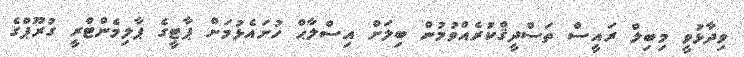
ވިދާޅުވީ މިބިލް ރައީސް ތަސްދީޤްކުރެއްވުމުން ބިލަށް އިސްލާޙް ހުށައެޅުމަށް ޕާޓީގެ ޕާލިމެންޓްރީ ގުރޫޕްގެ